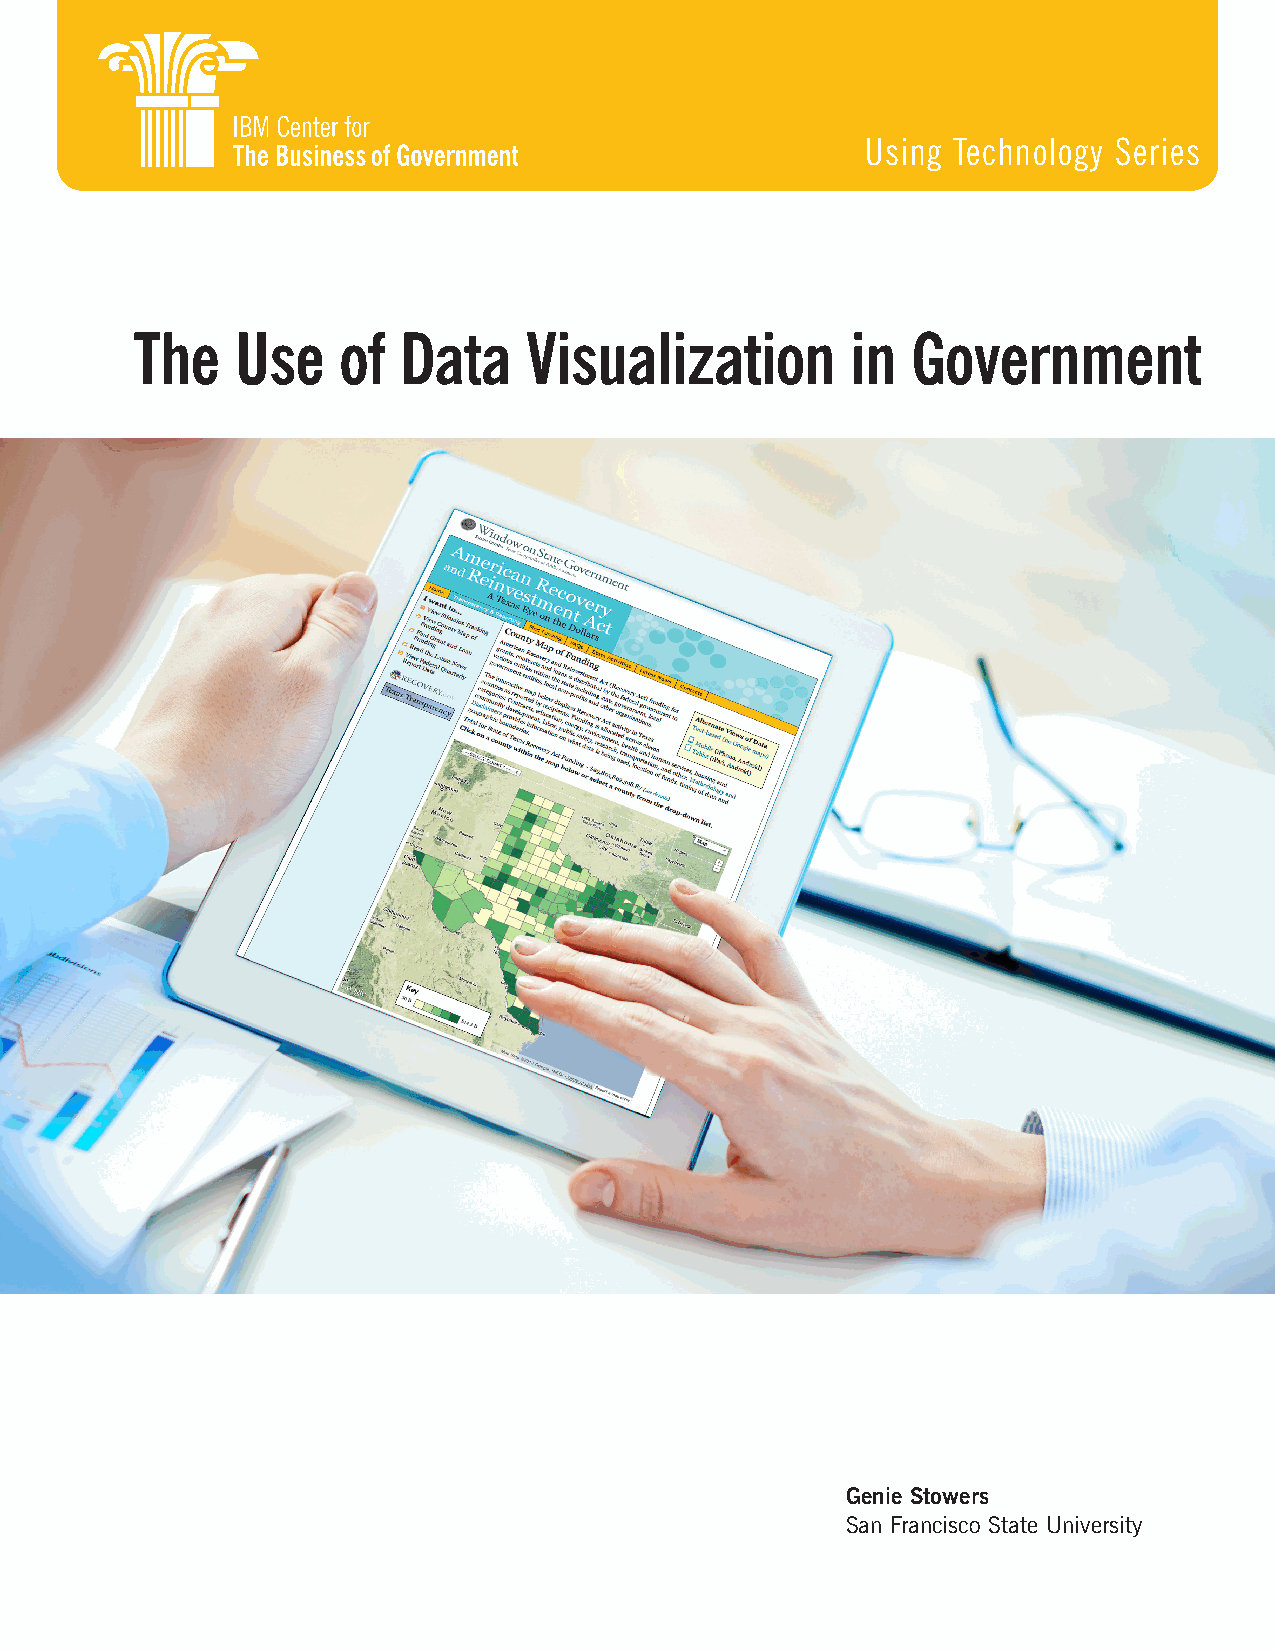
Using Technology Series
 The    Use   of  Data     Visualization        in  Government
 Genie Stowers
 San Francisco State University